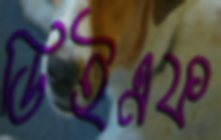
ডিইএফ